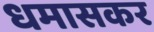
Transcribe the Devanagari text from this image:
धमासकर